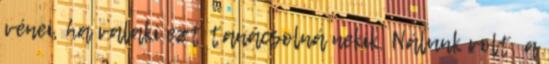
vénei, ha valaki ezt tanácsolná nekik. Nálunk volt, a